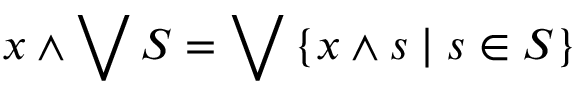
x \wedge \bigvee S = \bigvee \left\{ x \wedge s \mid s \in S \right\}